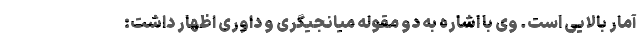
آمار بالایی است. وی با اشاره به دو مقوله میانجیگری و داوری اظهار داشت: